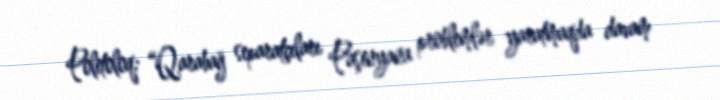
Politoloq: “Qarabağ separatçıları Paşinyana problemlər yaratmaqda davam